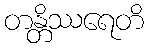
တန္တိဿရေတိ